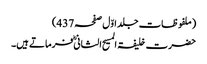
(ملفوظات جلد اوّل صفحہ437)
حضرت خلیفۃ المسیح الثانیؓ فرماتے ہیں۔